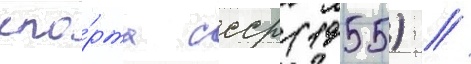
спо́рта ссср (1955) //